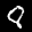
Label: 8